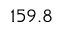
1 5 9 . 8